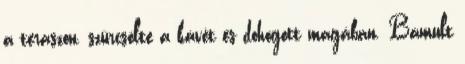
a teraszon, szürcsölte a kávét és dohogott magában. Bámult